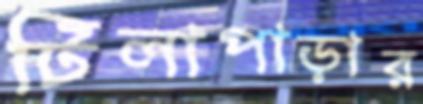
টিলাপাড়ার